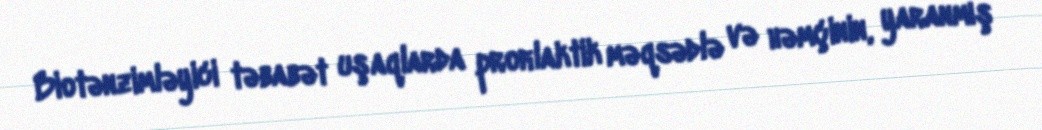
Biotənzimləyici təbabət uşaqlarda proﬁlaktik məqsədlə və həmçinin, yaranmış